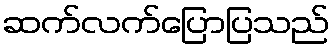
ဆက်လက်ပြောပြသည်